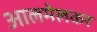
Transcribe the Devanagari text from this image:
आलमेलकर